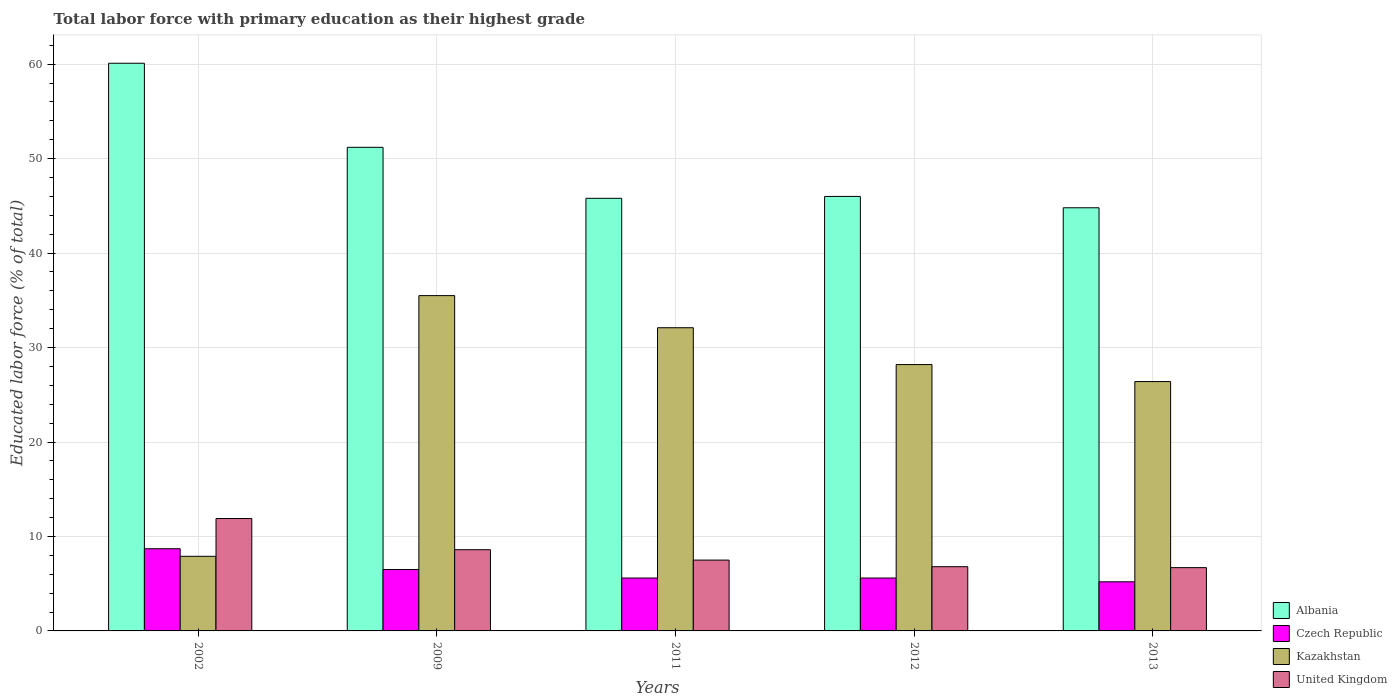
| Years | Albania | Czech Republic | Kazakhstan | United Kingdom |
 | --- | --- | --- | --- | --- |
 | 2002 | 60.1 | 8.7 | 7.9 | 11.9 |
 | 2009 | 51.2 | 6.5 | 35.5 | 8.6 |
 | 2011 | 45.8 | 5.6 | 32.1 | 7.5 |
 | 2012 | 46 | 5.6 | 28.2 | 6.8 |
 | 2013 | 44.8 | 5.2 | 26.4 | 6.7 |